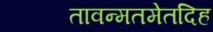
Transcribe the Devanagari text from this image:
तावन्मतमेतदिह